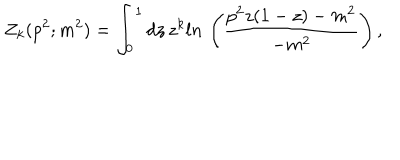
LaTeX: Z _ { k } ( p ^ { 2 } ; m ^ { 2 } ) = \int _ { 0 } ^ { 1 } d z \, z ^ { k } l n \, \left( { \frac { p ^ { 2 } z ( 1 - z ) - m ^ { 2 } } { - m ^ { 2 } } } \right) ,